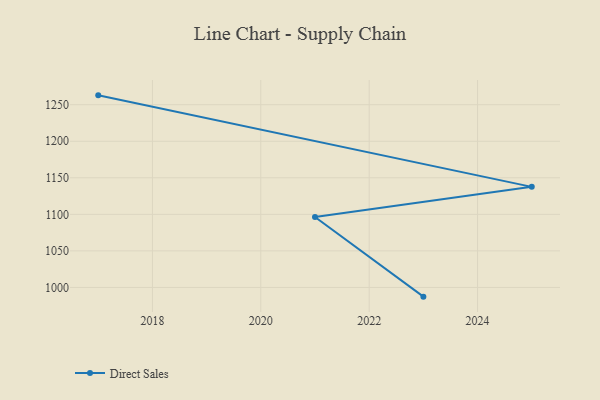
{"axis": {"x": "Year", "y": "Waste Production (Tons)"}, "legend": ["Direct Sales"], "data": [{"x": "2017", "y": 1262.8, "type": "Direct Sales"}, {"x": "2025", "y": 1137.6, "type": "Direct Sales"}, {"x": "2021", "y": 1096.3, "type": "Direct Sales"}, {"x": "2023", "y": 987.4, "type": "Direct Sales"}]}